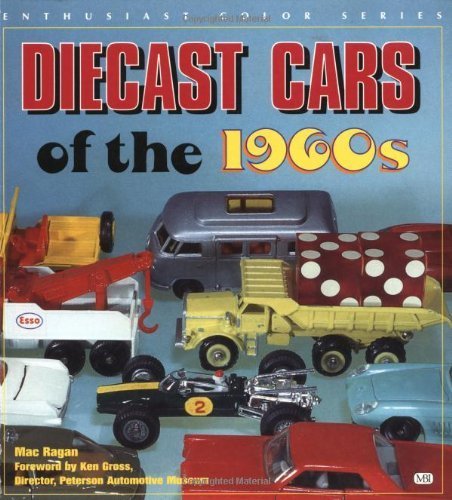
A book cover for Diecast Cars of the 1960s: Matchbox, Hot Wheels and Other Great Toy Cars of the Decade (Enthusiast Color) by Ragan, Mac (2000) Paperback; Crafts, Hobbies & Home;